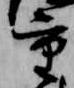
重